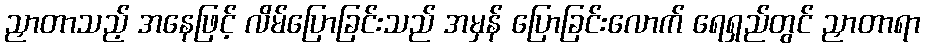
ညှာတာသည့် အနေဖြင့် လိမ်ပြောခြင်းသည် အမှန် ပြောခြင်းလောက် ရေရှည်တွင် ညှာတာရာ